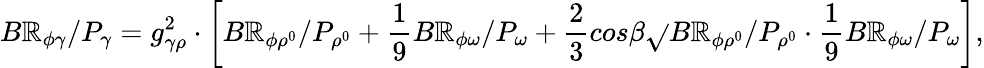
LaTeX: B\mathbb{R}_{\phi\gamma}/P_{\gamma}=g_{\gamma\rho}^{2}\cdot\left[B\mathbb{R}_{\phi\rho^{0}}/P_{\rho^{0}}+\frac{{1}}{{9}}B\mathbb{R}_{\phi\omega}/P_{\omega}+\frac{{2}}{{3}}cos\beta\sqrt{}{{B\mathbb{R}_{\phi\rho^{0}}/P_{\rho^{0}}\cdot\frac{{1}}{{9}}B\mathbb{R}_{\phi\omega}/P_{\omega}}}\right],